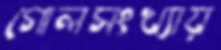
গোলসংখ্যায়